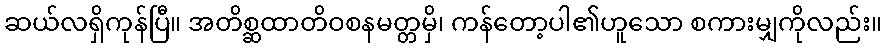
ဆယ်လရှိကုန်ပြီ။ အတိစ္ဆထာတိဝစနမတ္တမှိ၊ ကန်တော့ပါ၏ဟူသော စကားမျှကိုလည်း။